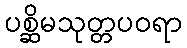
ပစ္ဆိမသုတ္တပဝရာ